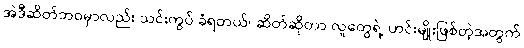
အဲဒီဆိတ်ဘဝမှာလည်း သင်းကွပ် ခံရတယ်၊ ဆိတ်ဆိုတာ လူတွေရဲ့ ဟင်းမျိုးဖြစ်တဲ့အတွက်